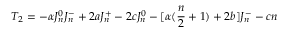
T _ { 2 } = - \alpha J _ { n } ^ { 0 } J _ { n } ^ { - } + 2 a J _ { n } ^ { + } - 2 c J _ { n } ^ { 0 } - [ \alpha ( { \frac { n } { 2 } } + 1 ) + 2 b ] J _ { n } ^ { - } - c n